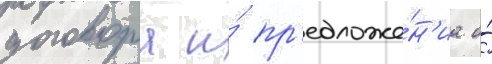
договора и́ пр'едложе́н'иа о́